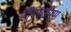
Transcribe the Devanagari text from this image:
डीएसडीएम